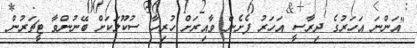
"އަންނަ އަހަރުގެ ދިރާސީ އަހަރު ފެށެން ވާއިރަށް ހުރިހާ ސުކޫލަކަށް ބޭނުންވާ ޓީޗަރުން